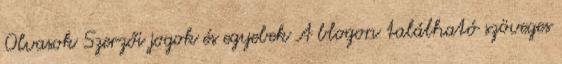
Olvasok Szerzői jogok és egyebek A blogon található szöveges